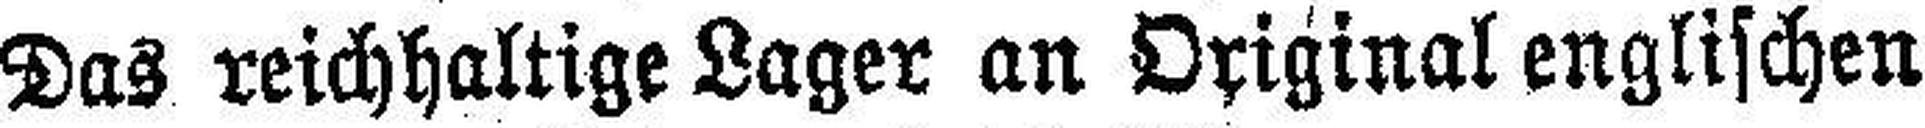
Das reichhaltige Lager an Original englischen